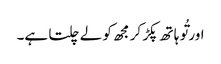
اور تُو ہا تھ پکڑ کر مجھ کو لے چلتا ہے۔